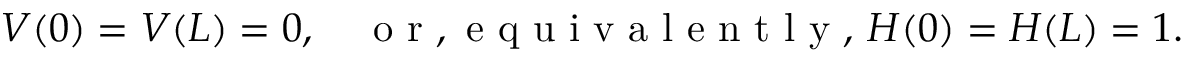
V ( 0 ) = V ( L ) = 0 , \quad \mathrm { ~ o ~ r ~ , ~ e ~ q ~ u ~ i ~ v ~ a ~ l ~ e ~ n ~ t ~ l ~ y ~ , ~ } H ( 0 ) = H ( L ) = 1 .